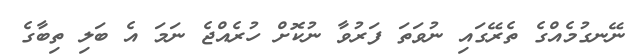
ނޭނގުމެއްގެ ތެރޭގައި ނުވަތަ ފަރުވާ ނުކޮށް ހުރެއްޖެ ނަމަ އެ ބަލި ތިބާގެ